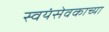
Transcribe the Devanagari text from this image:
स्वयंसेवकाच्या